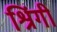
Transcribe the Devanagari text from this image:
श्रिंगी